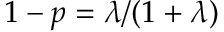
1 - p = \lambda / ( 1 + \lambda )